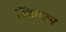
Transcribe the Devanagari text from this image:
स्क्रिप्टम